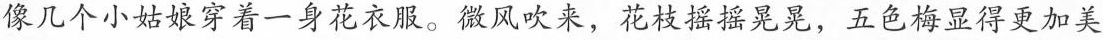
像几个小姑娘穿着一身花衣服。微风吹来，花枝摇摇晃晃，五色梅显得更加美